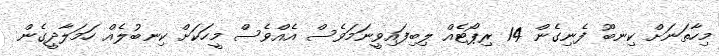
މިހާތަނަށް ކިނބޫ ފެނިގެން 14 ރިޕޯޓެއް ލިބިފައިވީނަމަވެސް އެއްވެސް މީހަކަށް ކިނބުލެއް ހަމަލާދީގެން